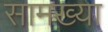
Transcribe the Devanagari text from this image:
सामख्या